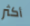
أكثر